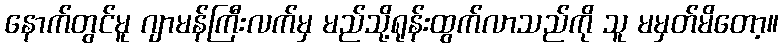
နောက်တွင်မူ ဂျာမန်ကြီးလက်မှ မည်သို့ရုန်းထွက်လာသည်ကို သူ မမှတ်မိတော့။